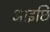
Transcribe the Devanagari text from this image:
आइछि